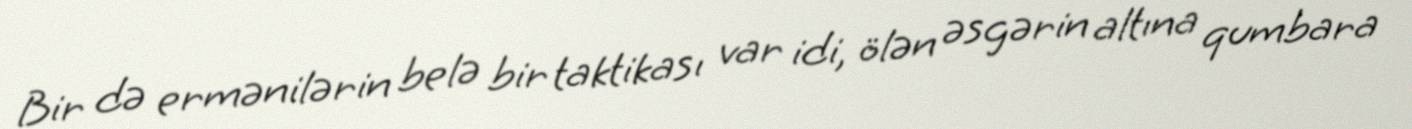
Bir də ermənilərin belə bir taktikası var idi, ölən əsgərin altına qumbara